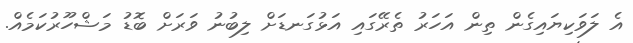
އެ ލަވަކިޔައިގެން ތިން އަހަރު ތެރޭގައި އަޅުގަނޑަށް ލިބުނު ވަރަށް ބޮޑު މަޝްހޫރުކަމެއް.